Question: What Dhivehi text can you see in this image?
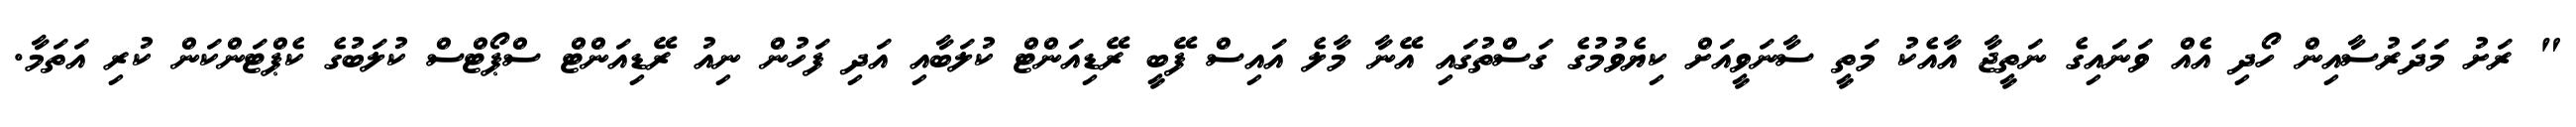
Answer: " ރަށު މަދަރުސާއިން ހޯދި އެއް ވަނައިގެ ނަތީޖާ އާއެކު މަތީ ސާނަވީއަށް ކިޔެވުމުގެ ގަސްތުގައި އޭނާ މާލެ އައިސް ފޭބީ ރޭޑިއަންޓް ކުލަބާއި އަދި ފަހުން ނިއު ރޭޑިއަންޓް ސްޕޯޓްސް ކުލަބުގެ ކެޕްޓަންކަން ކުރި އަތަމާ.